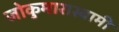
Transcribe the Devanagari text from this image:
जोकुमारास्वामी